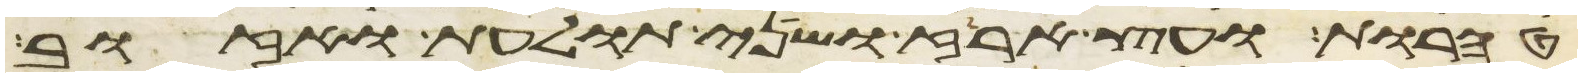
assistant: טהרות ועץ ארז ושני תולעת ואזוב